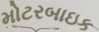
મોટરબાઇક